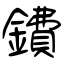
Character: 鐨